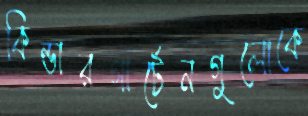
কিন্ডারগার্টেনগুলোকে